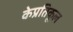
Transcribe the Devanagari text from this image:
केप्रतिकूल